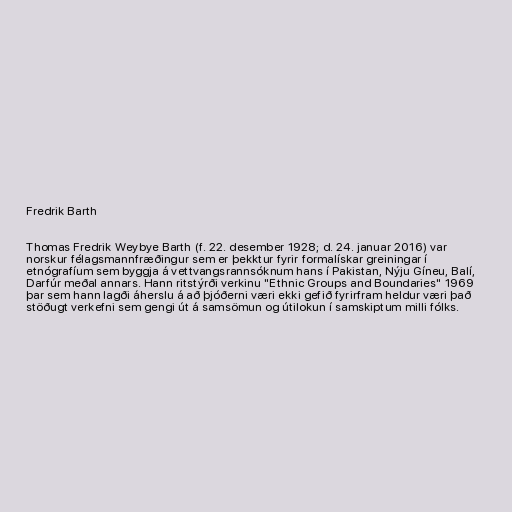
Fredrik Barth

Thomas Fredrik Weybye Barth (f. 22. desember 1928; d. 24. januar 2016) var
norskur félagsmannfræðingur sem er þekktur fyrir formalískar greiningar í
etnógrafíum sem byggja á vettvangsrannsóknum hans í Pakistan, Nýju Gíneu, Balí,
Darfúr meðal annars. Hann ritstýrði verkinu "Ethnic Groups and Boundaries" 1969
þar sem hann lagði áherslu á að þjóðerni væri ekki gefið fyrirfram heldur væri það
stöðugt verkefni sem gengi út á samsömun og útilokun í samskiptum milli fólks.